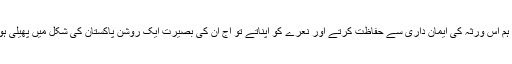
اگر ہم اس ورثہ کی ایمان داری سے حفاظت کرتے اور نعرے کو اپناتے تو آج ان کی بصیرت ایک روشن پاکستان کی شکل میں پھیلی ہوتی۔